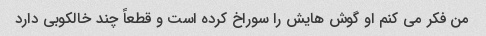
من فکر می کنم او گوش هایش را سوراخ کرده است و قطعاً چند خالکوبی دارد